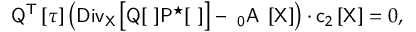
\mathsf { Q } ^ { \sf T } \left[ \tau \right] \left( \sf { D i v } _ { \mathsf { X } } \left[ \sf { Q } [ \tau ] \mathsf { P } ^ { \star } [ \tau ] \right] - \rho _ { 0 } \sf { A } _ { \tau } \left[ \sf X \right] \right) \cdot \mathsf { c } _ { 2 } \left[ \mathsf { X } \right] = 0 ,